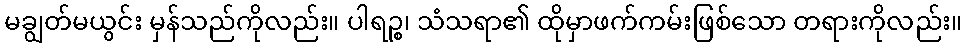
မချွတ်မယွင်း မှန်သည်ကိုလည်း။ ပါရဉ္စ၊ သံသရာ၏ ထိုမှာဖက်ကမ်းဖြစ်သော တရားကိုလည်း။